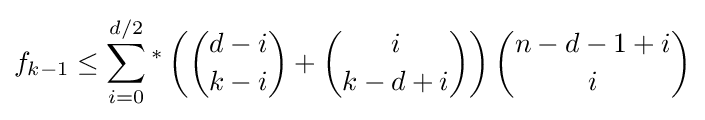
f_{k-1}\leq \sum _{i=0}^{d/2}{}^{*}\left({\binom {d-i}{k-i}}+{\binom {i}{k-d+i}}\right){\binom {n-d-1+i}{i}}